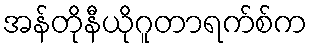
အန်တိုနီယိုဂူတာရက်စ်က